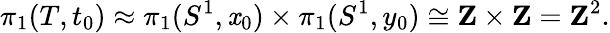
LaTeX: \pi_{1}(T,t_{0})\approx\pi_{1}(S^{1},\mathit{x}_{0})\times\pi_{1}(S^{1},y_{0})\cong\mathbf{{Z}}\times\mathbf{{Z}}=\mathbf{{Z}}^{2}.